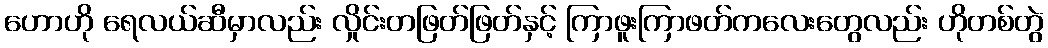
ဟောဟို ရေလယ်ဆီမှာလည်း လှိုင်းတဖြတ်ဖြတ်နှင့် ကြာဖူးကြာဖတ်ကလေးတွေလည်း ဟိုတစ်တွဲ